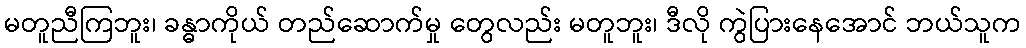
မတူညီကြဘူး၊ ခန္ဓာကိုယ် တည်ဆောက်မှု တွေလည်း မတူဘူး၊ ဒီလို ကွဲပြားနေအောင် ဘယ်သူက